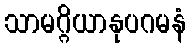
သာမဂ္ဂိယာနုပဂမနံ